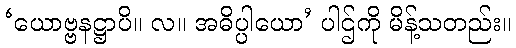
‘ယောဗ္ဗနဋ္ဌာပိ။ လ။ အဓိပ္ပါယော’ ပါဌ်ကို မိန့်သတည်း။